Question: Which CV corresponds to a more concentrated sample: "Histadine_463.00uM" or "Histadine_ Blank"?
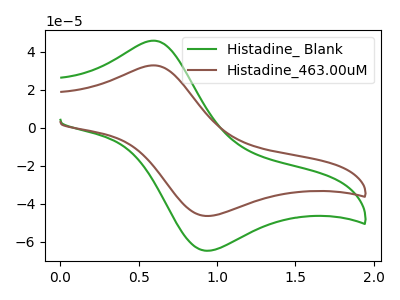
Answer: <think>The green curve "Histadine_ Blank" has an anodic peak at (0.60V, 45.95uA) and a cathodic peak at (0.95V, -64.55uA). The brown curve "Histadine_463.00uM" has an anodic peak at (0.60V, 32.95uA) and a cathodic peak at (0.95V, -46.30uA).
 All the peaks in "Histadine_463.00uM" have a peak in "Histadine_ Blank" at the same potential. Every peak in "Histadine_463.00uM" is lower than every peak in "Histadine_ Blank".</think>
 <answer>"Histadine_463.00uM" has less signal than "Histadine_ Blank" and so likely has a lower concentration.</answer>
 <eval>less_concentration</eval>